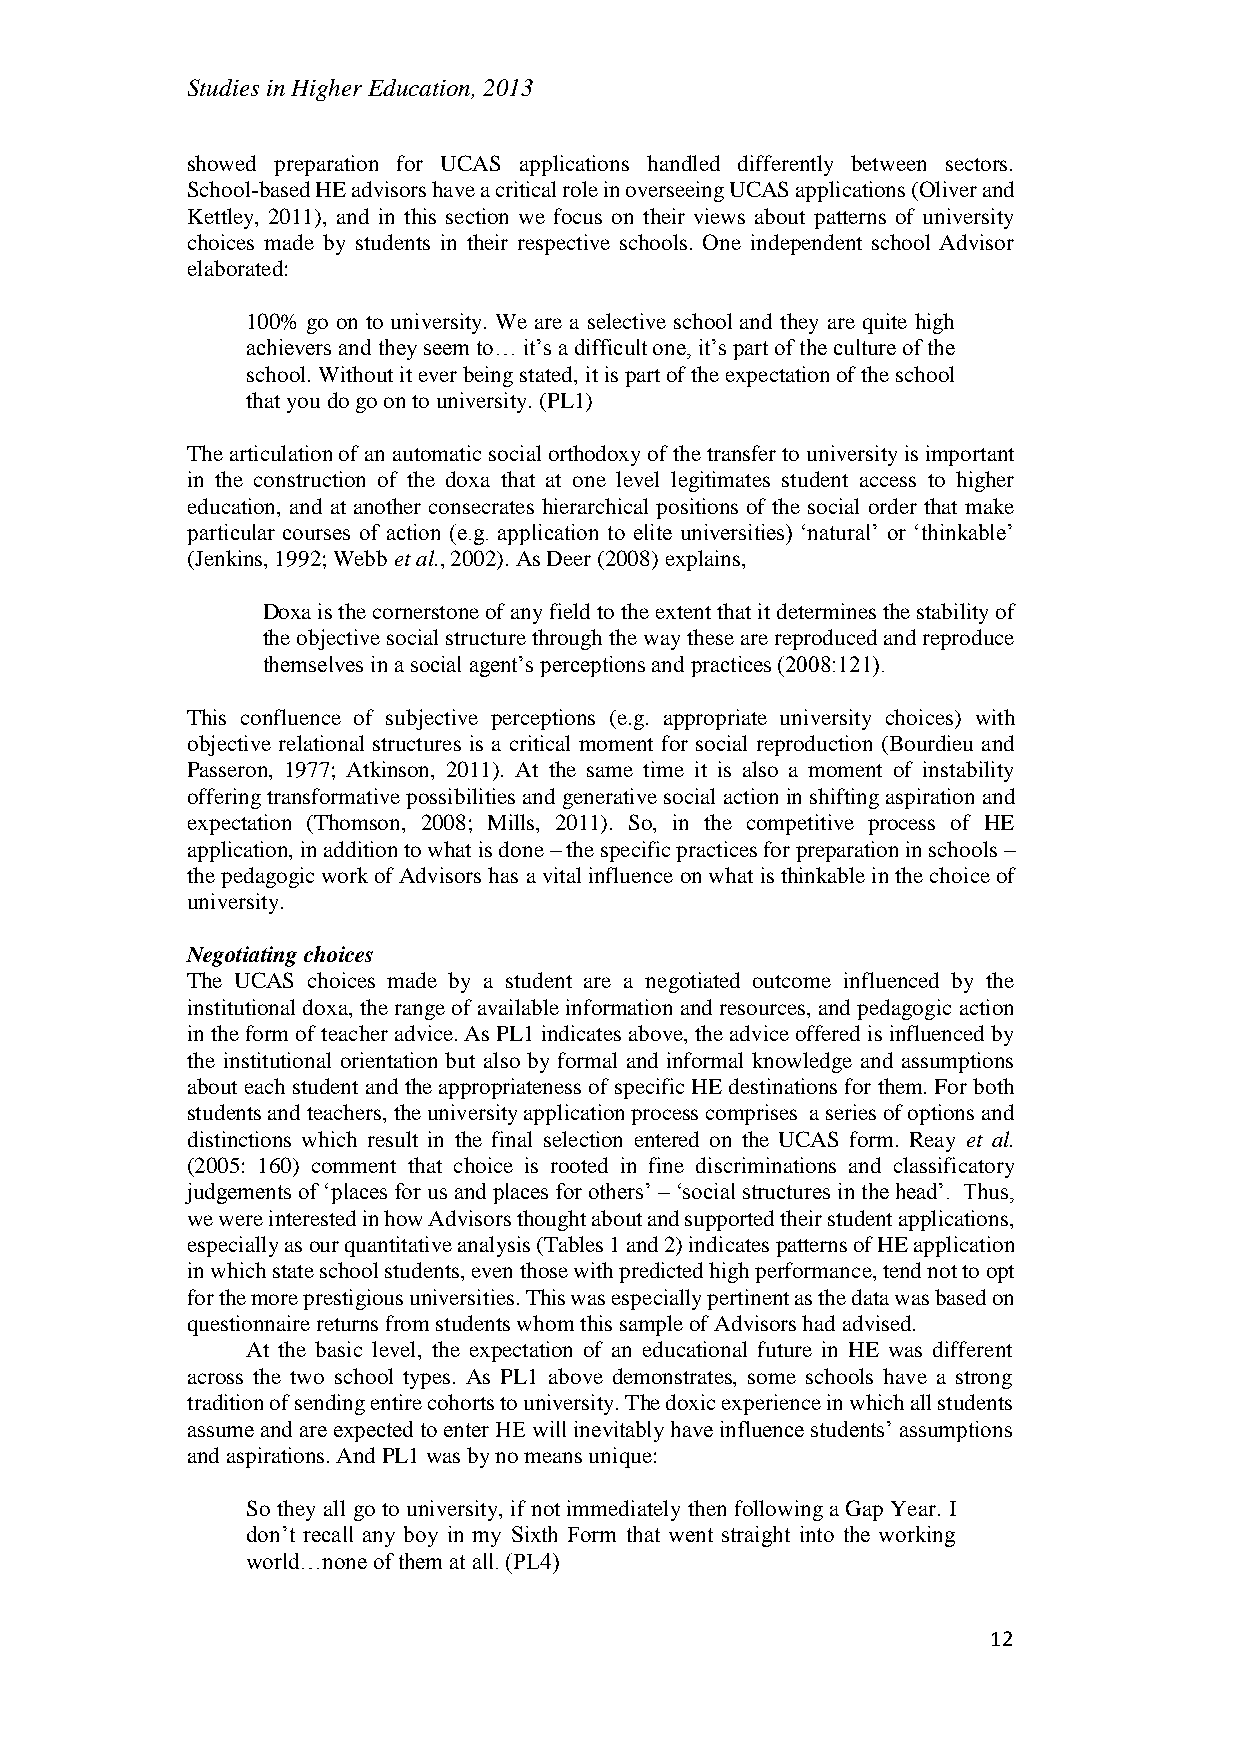
Studies in Higher Education, 2013
 showed preparation for UCAS applications handled differently between sectors.
 School-based HE advisors have a critical role in overseeing UCAS applications (Oliver and
 Kettley, 2011), and in this section we focus on their views about patterns of university
 choices made by students in their respective schools. One independent school Advisor
 elaborated:
 100% go on to university. We are a selective school and they are quite high
 achievers and they seem to… it’s a difficult one, it’s part of the culture of the
 school. Without it ever being stated, it is part of the expectation of the school
 that you do go on to university. (PL1)
 The articulation of an automatic social orthodoxy of the transfer to university is important
 in the construction of the doxa that at one level legitimates student access to higher
 education, and at another consecrates hierarchical positions of the social order that make
 particular courses of action (e.g. application to elite universities) ‘natural’ or ‘thinkable’
 (Jenkins, 1992; Webb et al., 2002). As Deer (2008) explains,
 Doxa is the cornerstone of any field to the extent that it determines the stability of
 the objective social structure through the way these are reproduced and reproduce
 themselves in a social agent’s perceptions and practices (2008:121).
 This confluence of subjective perceptions (e.g. appropriate university choices) with
 objective relational structures is a critical moment for social reproduction (Bourdieu and
 Passeron, 1977; Atkinson, 2011). At the same time it is also a moment of instability
 offering transformative possibilities and generative social action in shifting aspiration and
 expectation (Thomson, 2008; Mills, 2011). So, in the competitive process of HE
 application, in addition to what is done – the specific practices for preparation in schools –
 the pedagogic work of Advisors has a vital influence on what is thinkable in the choice of
 university.
 Negotiating choices
 The UCAS choices made by a student are a negotiated outcome influenced by the
 institutional doxa, the range of available information and resources, and pedagogic action
 in the form of teacher advice. As PL1 indicates above, the advice offered is influenced by
 the institutional orientation but also by formal and informal knowledge and assumptions
 about each student and the appropriateness of specific HE destinations for them. For both
 students and teachers, the university application process comprises a series of options and
 distinctions which result in the final selection entered on the UCAS form. Reay et al.
 (2005: 160) comment that choice is rooted in fine discriminations and classificatory
 judgements of ‘places for us and places for others’ – ‘social structures in the head’. Thus,
 we were interested in how Advisors thought about and supported their student applications,
 especially as our quantitative analysis (Tables 1 and 2) indicates patterns of HE application
 in which state school students, even those with predicted high performance, tend not to opt
 for the more prestigious universities. This was especially pertinent as the data was based on
 questionnaire returns from students whom this sample of Advisors had advised.
 At the basic level, the expectation of an educational future in HE was different
 across the two school types. As PL1 above demonstrates, some schools have a strong
 tradition of sending entire cohorts to university. The doxic experience in which all students
 assume and are expected to enter HE will inevitably have influence students’ assumptions
 and aspirations. And PL1 was by no means unique:
 So they all go to university, if not immediately then following a Gap Year. I
 don’t recall any boy in my Sixth Form that went straight into the working
 world…none of them at all. (PL4)
 12